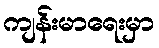
ကျန်းမာရေးမှာ